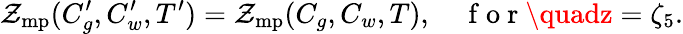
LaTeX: \mathcal{Z}_{\mathrm{{mp}}}(C_{g}^{\prime},C_{w}^{\prime},T^{\prime})=\mathcal{Z}_{\mathrm{{mp}}}(C_{g},C_{w},T),\quad\mathrm{{~f~o~r~}}\quadz=\zeta_{5}.